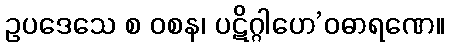
ဥပဒေသေ စ ဝစန၊ ပဋိဂ္ဂါဟေ’ဝဓာရဏေ။